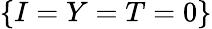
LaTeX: \{ I=Y=T=0\}